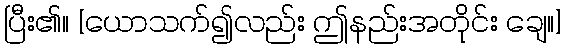
ပြီး၏။ [ယောသက်၍လည်း ဤနည်းအတိုင်း ချေ။]